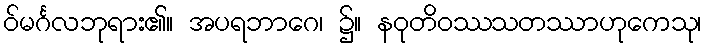
ဝ်မင်္ဂလဘုရား၏။ အပရဘာဂေ၊ ၌။ နဝုတိဝဿသတဿာဟုကေသု၊